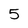
Character: 5